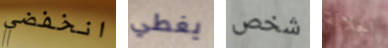
انخفضي يغطي شخص الجلالة